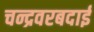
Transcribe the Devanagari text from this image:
चन्द्रवरबदाई